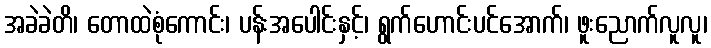
အခဲခဲတိ၊ တောထဲစုံကောင်း၊ ပန်းအပေါင်းနှင့်၊ ရွက်ဟောင်းပင်အောက်၊ ဖူးညောက်လူလူ၊